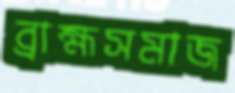
ব্রাহ্মসমাজ